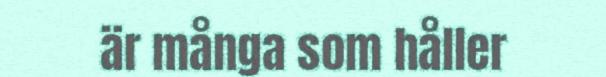
är många som håller